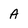
Character: a